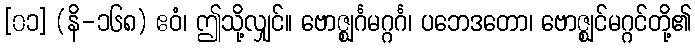
[၀၁] (နိ-၁၆၈) ဧဝံ၊ ဤသို့လျှင်။ ဗောဇ္ဈင်္ဂမဂ္ဂင်္ဂ၊ ပဘေဒတော၊ ဗောဇ္ဈင်မဂ္ဂင်တို့၏